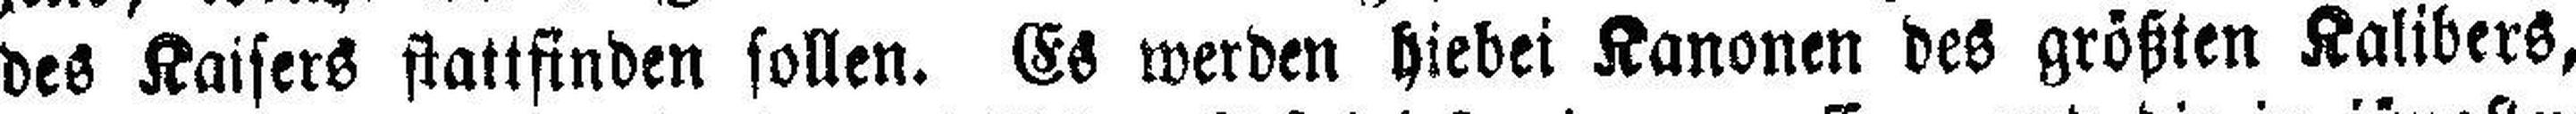
des Kaisers stattfinden sollen. Es werden hiebei Kanonen des größten Kalibers,